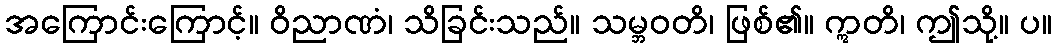
အကြောင်းကြောင့်။ ဝိညာဏံ၊ သိခြင်းသည်။ သမ္ဘဝတိ၊ ဖြစ်၏။ ဣတိ၊ ဤသို့။ ပ။